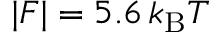
| { \cal F } | = 5 . 6 \, k _ { \mathrm { B } } T